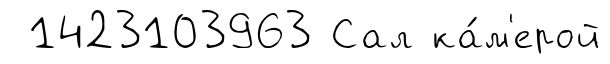
1423103963 Сал ка́м'ерой